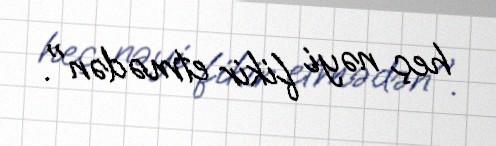
heç nəyi fikir etmədən".